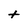
Character: t